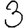
Digit: 3